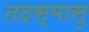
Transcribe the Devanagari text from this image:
तदस्मासु